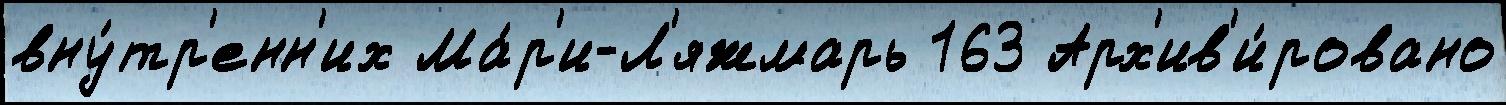
вну́тр'енн'их Ма́р'и-Л'яжмарь 163 Арх'ив'и́ровано